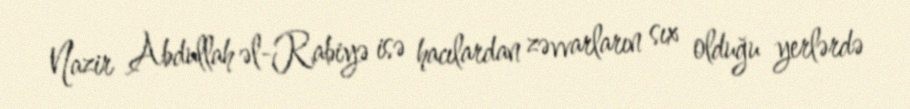
Nazir Abdullah əl-Rabiyə isə hacılardan zəvvarların sıx olduğu yerlərdə